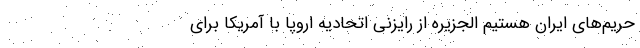
حریم‌های ایران هستیم الجزیره از رایزنی اتحادیه اروپا با آمریکا برای